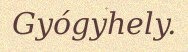
Gyógyhely.